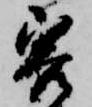
客